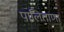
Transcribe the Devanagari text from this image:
पालिताणा